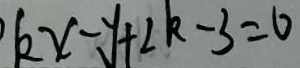
k x - y + 2 k - 3 = 0